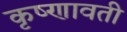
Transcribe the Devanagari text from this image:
कृष्णावती